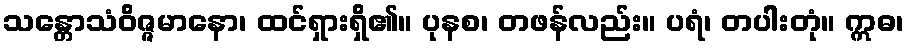
သန္တောသံဝိဇ္ဇမာနော၊ ထင်ရှားရှိ၏။ ပုနစ၊ တဖန်လည်း။ ပရံ၊ တပါးတုံ။ ဣဓ၊